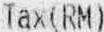
TAX(RM)